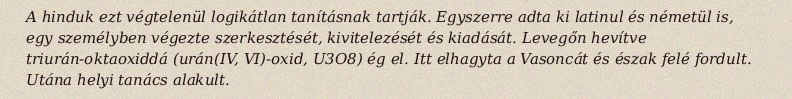
A hinduk ezt végtelenül logikátlan tanításnak tartják. Egyszerre adta ki latinul és németül is, egy személyben végezte szerkesztését, kivitelezését és kiadását. Levegőn hevítve triurán-oktaoxiddá (urán(IV, VI)-oxid, U3O8) ég el. Itt elhagyta a Vasoncát és észak felé fordult. Utána helyi tanács alakult.